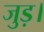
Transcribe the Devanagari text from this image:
जुड़।